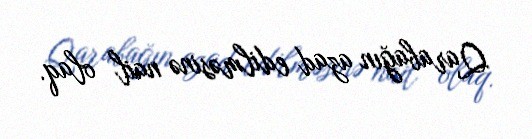
Qarabağın azad edilməsinə nail olaq.